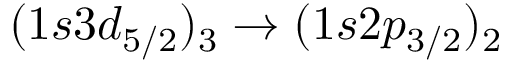
( 1 s 3 d _ { 5 / 2 } ) _ { 3 } \to ( 1 s 2 p _ { 3 / 2 } ) _ { 2 }